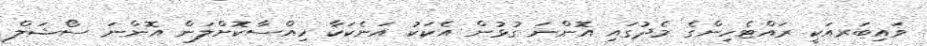
ވައިބަރއަކީ ރައްޓެހިންގެ މެދުގައި އޮންނަ ގުޅުން އެކަކު އަނެކަކާ ހިއްސާކޮށްލަން އޮންނަ ސޯޝަލް